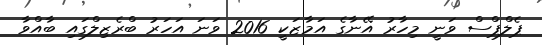
ޕެލްޕްސް ވަނީ މިހާރު އޭނާގެ އަމާޒަކީ 2016 ވަނަ އަހަރު ބްރެޒިލްގައި ބާއްވާ